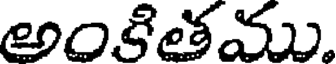
అంకితము.